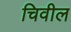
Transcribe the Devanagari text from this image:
चिवील